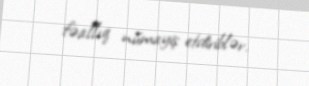
fəallıq nümayiş etdiriblər.